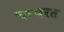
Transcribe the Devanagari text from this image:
चाचरत